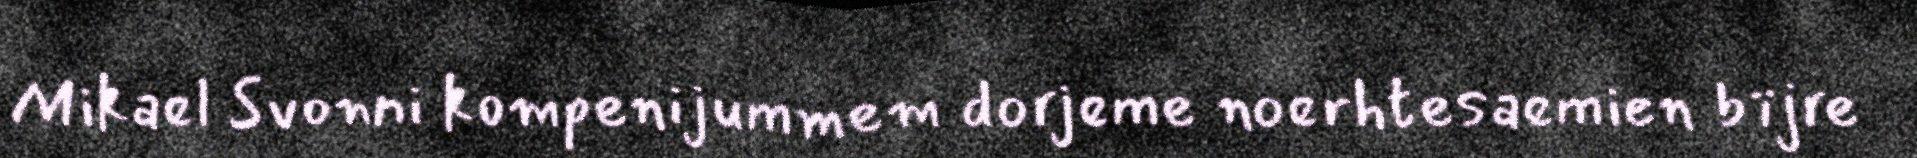
Mikael Svonni kompenijummem dorjeme noerhtesaemien bïjre